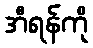
အီရန်ကို